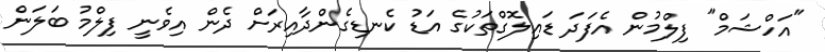
"އަހްޝަމް" ފިލްމުން އެފަދަ ޑައިލޮގްތަކުގެ އަޑު ކެނޑިގެންދާއިރަށް ދެން އިވެނީ ފިލްމު ބަލަން